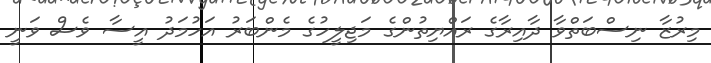
މިރުޒާ ނިސްބަތްވާ ދާއިރާގެ ރައްޔިތުންގެ މަޖިލީހުގެ މެންބަރު އަހުމަދު އީސާ ވެސް ވަނީ